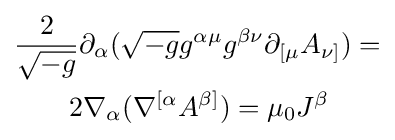
{\begin{aligned}&{\frac {2}{\sqrt {-g}}}\partial _{\alpha }({\sqrt {-g}}g^{\alpha \mu }g^{\beta \nu }\partial _{[\mu }A_{\nu ]})=\\&\qquad 2\nabla _{\alpha }(\nabla ^{[\alpha }A^{\beta ]})=\mu _{0}J^{\beta }\end{aligned}}